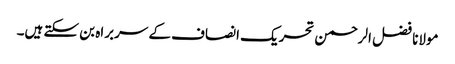
مولانا فضل الرحمن تحریک انصاف کے سربراہ بن سکتے ہیں۔